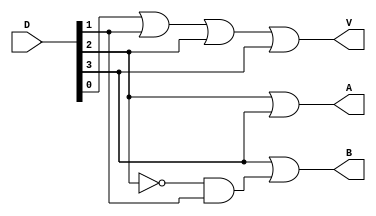
`timescale 1ns / 1ps
//////////////////////////////////////////////////////////////////////////////////
// Company: 
// Engineer: 
// 
// Design Name: 
// Module Name:    priorityencoder 
// Project Name: 
// Target Devices: 
// Tool versions: 
// Description: 
//
// Dependencies: 
//
// Revision: 
// Revision 0.01 - File Created
// Additional Comments: 
//
//////////////////////////////////////////////////////////////////////////////////
module priorityencoder(
			input [3:0] D,
			output A,B,V
    );
			wire w1,w2;
			
			assign w1= ~D[2];
			assign w2=w1 & D[1];
			assign B= D[3] | w2;
			assign A= D[2] | D[3];
			assign V= D[0] | D[1] | D[2] | D[3];
			
endmodule